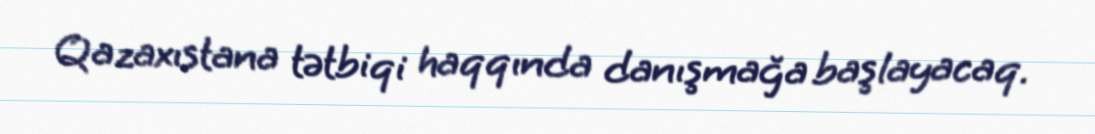
Qazaxıstana tətbiqi haqqında danışmağa başlayacaq.